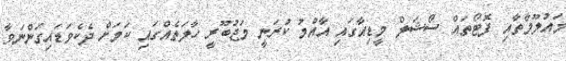
މައުލޫމާތާއި ފޮޓޯތައް ސޯޝަލް މީޑިއާގައި އާއްމު ކުރަނީ މަޖުބޫރީ ހާލަތެއްގައި ކަމަށް ދެކެވަޑައިގަންނަވާ